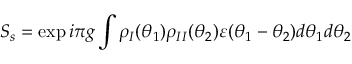
S _ { s } = \exp i \pi g \int \rho _ { I } ( \theta _ { 1 } ) \rho _ { I I } ( \theta _ { 2 } ) \varepsilon ( \theta _ { 1 } - \theta _ { 2 } ) d \theta _ { 1 } d \theta _ { 2 }